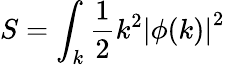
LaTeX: S=\int_{k}{\frac{1}{2}}k^{2}\left|\phi(k)\right|^{2}